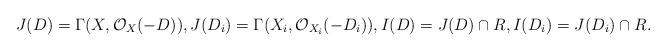
LaTeX: \begin{align*}J(D)=\Gamma(X,\mathcal O_X(-D)), J(D_i)=\Gamma(X_i,\mathcal O_{X_i}(-D_i)), I(D)=J(D)\cap R, I(D_i)=J(D_i)\cap R.\end{align*}